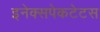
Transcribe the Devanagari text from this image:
इनेक्सपेकटेटस